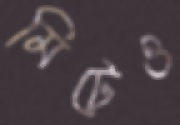
মিটেও